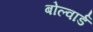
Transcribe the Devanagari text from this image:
बोल्वार्ड